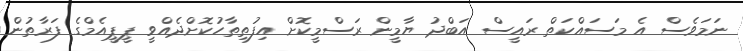
ނަމަވެސް އެ މަސައްކަތް ރައީސް އަބްދު ޔާމީން ރަސްމީކޮށް އިފުތިތާހުކޮށްދެއްވީ ޕީޕީއެމްގެ ފަރާތުން